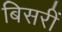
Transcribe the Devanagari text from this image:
बिसरीं